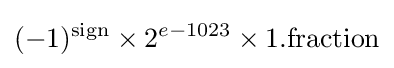
(-1)^{\text{sign}}\times 2^{e-1023}\times 1.{\text{fraction}}